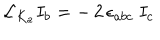
{ \cal L } _ { K _ { a } } I _ { b } = - \, 2 \, \epsilon _ { a b c } \ I _ { c }